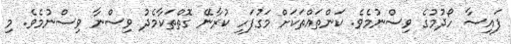
ފައިސާ ހޯދުމުގެ ވިސްނުމެވެ. ކަންތައްތަކަށް މަގުފަހި ކުރާނޭ ގޮތްތަކާމެދު ވިސްނާ ވިސްނުމެވެ. މި